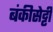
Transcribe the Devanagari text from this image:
बंकीसेट्टी